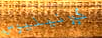
كورنيليوس